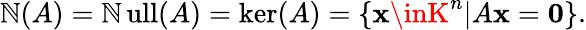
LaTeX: \operatorname{\mathbb{N}}(A)=\operatorname{\mathbb{N}ull}(A)=\ker(A)=\left\{ \mathbf{{x}}\inK^{n}|A\mathbf{{x}}=\mathbf{{0}}\right\} .